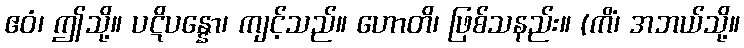
ဧဝံ၊ ဤသို့။ ပဋိပန္နော၊ ကျင့်သည်။ ဟောတိ၊ ဖြစ်သနည်း။ (ကိံ၊ အဘယ်သို့။